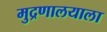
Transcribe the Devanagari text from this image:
मुद्रणालयाला